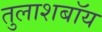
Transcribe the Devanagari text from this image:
तुलाशबॉय